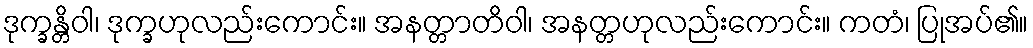
ဒုက္ခန္တိဝါ၊ ဒုက္ခဟုလည်းကောင်း။ အနတ္တာတိဝါ၊ အနတ္တဟုလည်းကောင်း။ ကတံ၊ ပြုအပ်၏။